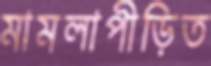
মামলাপীড়িত